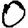
Digit: 0